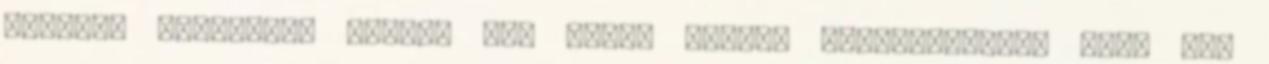
értéket hordozza. Sajnos nem tudom jobban elmagyarázni, mert nem